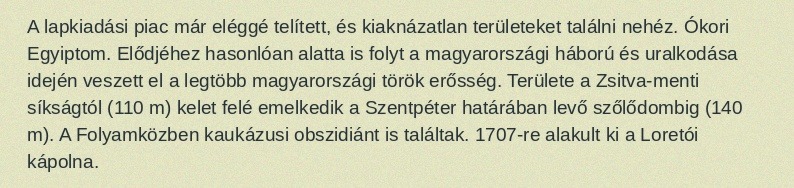
A lapkiadási piac már eléggé telített, és kiaknázatlan területeket találni nehéz. Ókori Egyiptom. Elődjéhez hasonlóan alatta is folyt a magyarországi háború és uralkodása idején veszett el a legtöbb magyarországi török erősség. Területe a Zsitva-menti síkságtól (110 m) kelet felé emelkedik a Szentpéter határában levő szőlődombig (140 m). A Folyamközben kaukázusi obszidiánt is találtak. 1707-re alakult ki a Loretói kápolna.